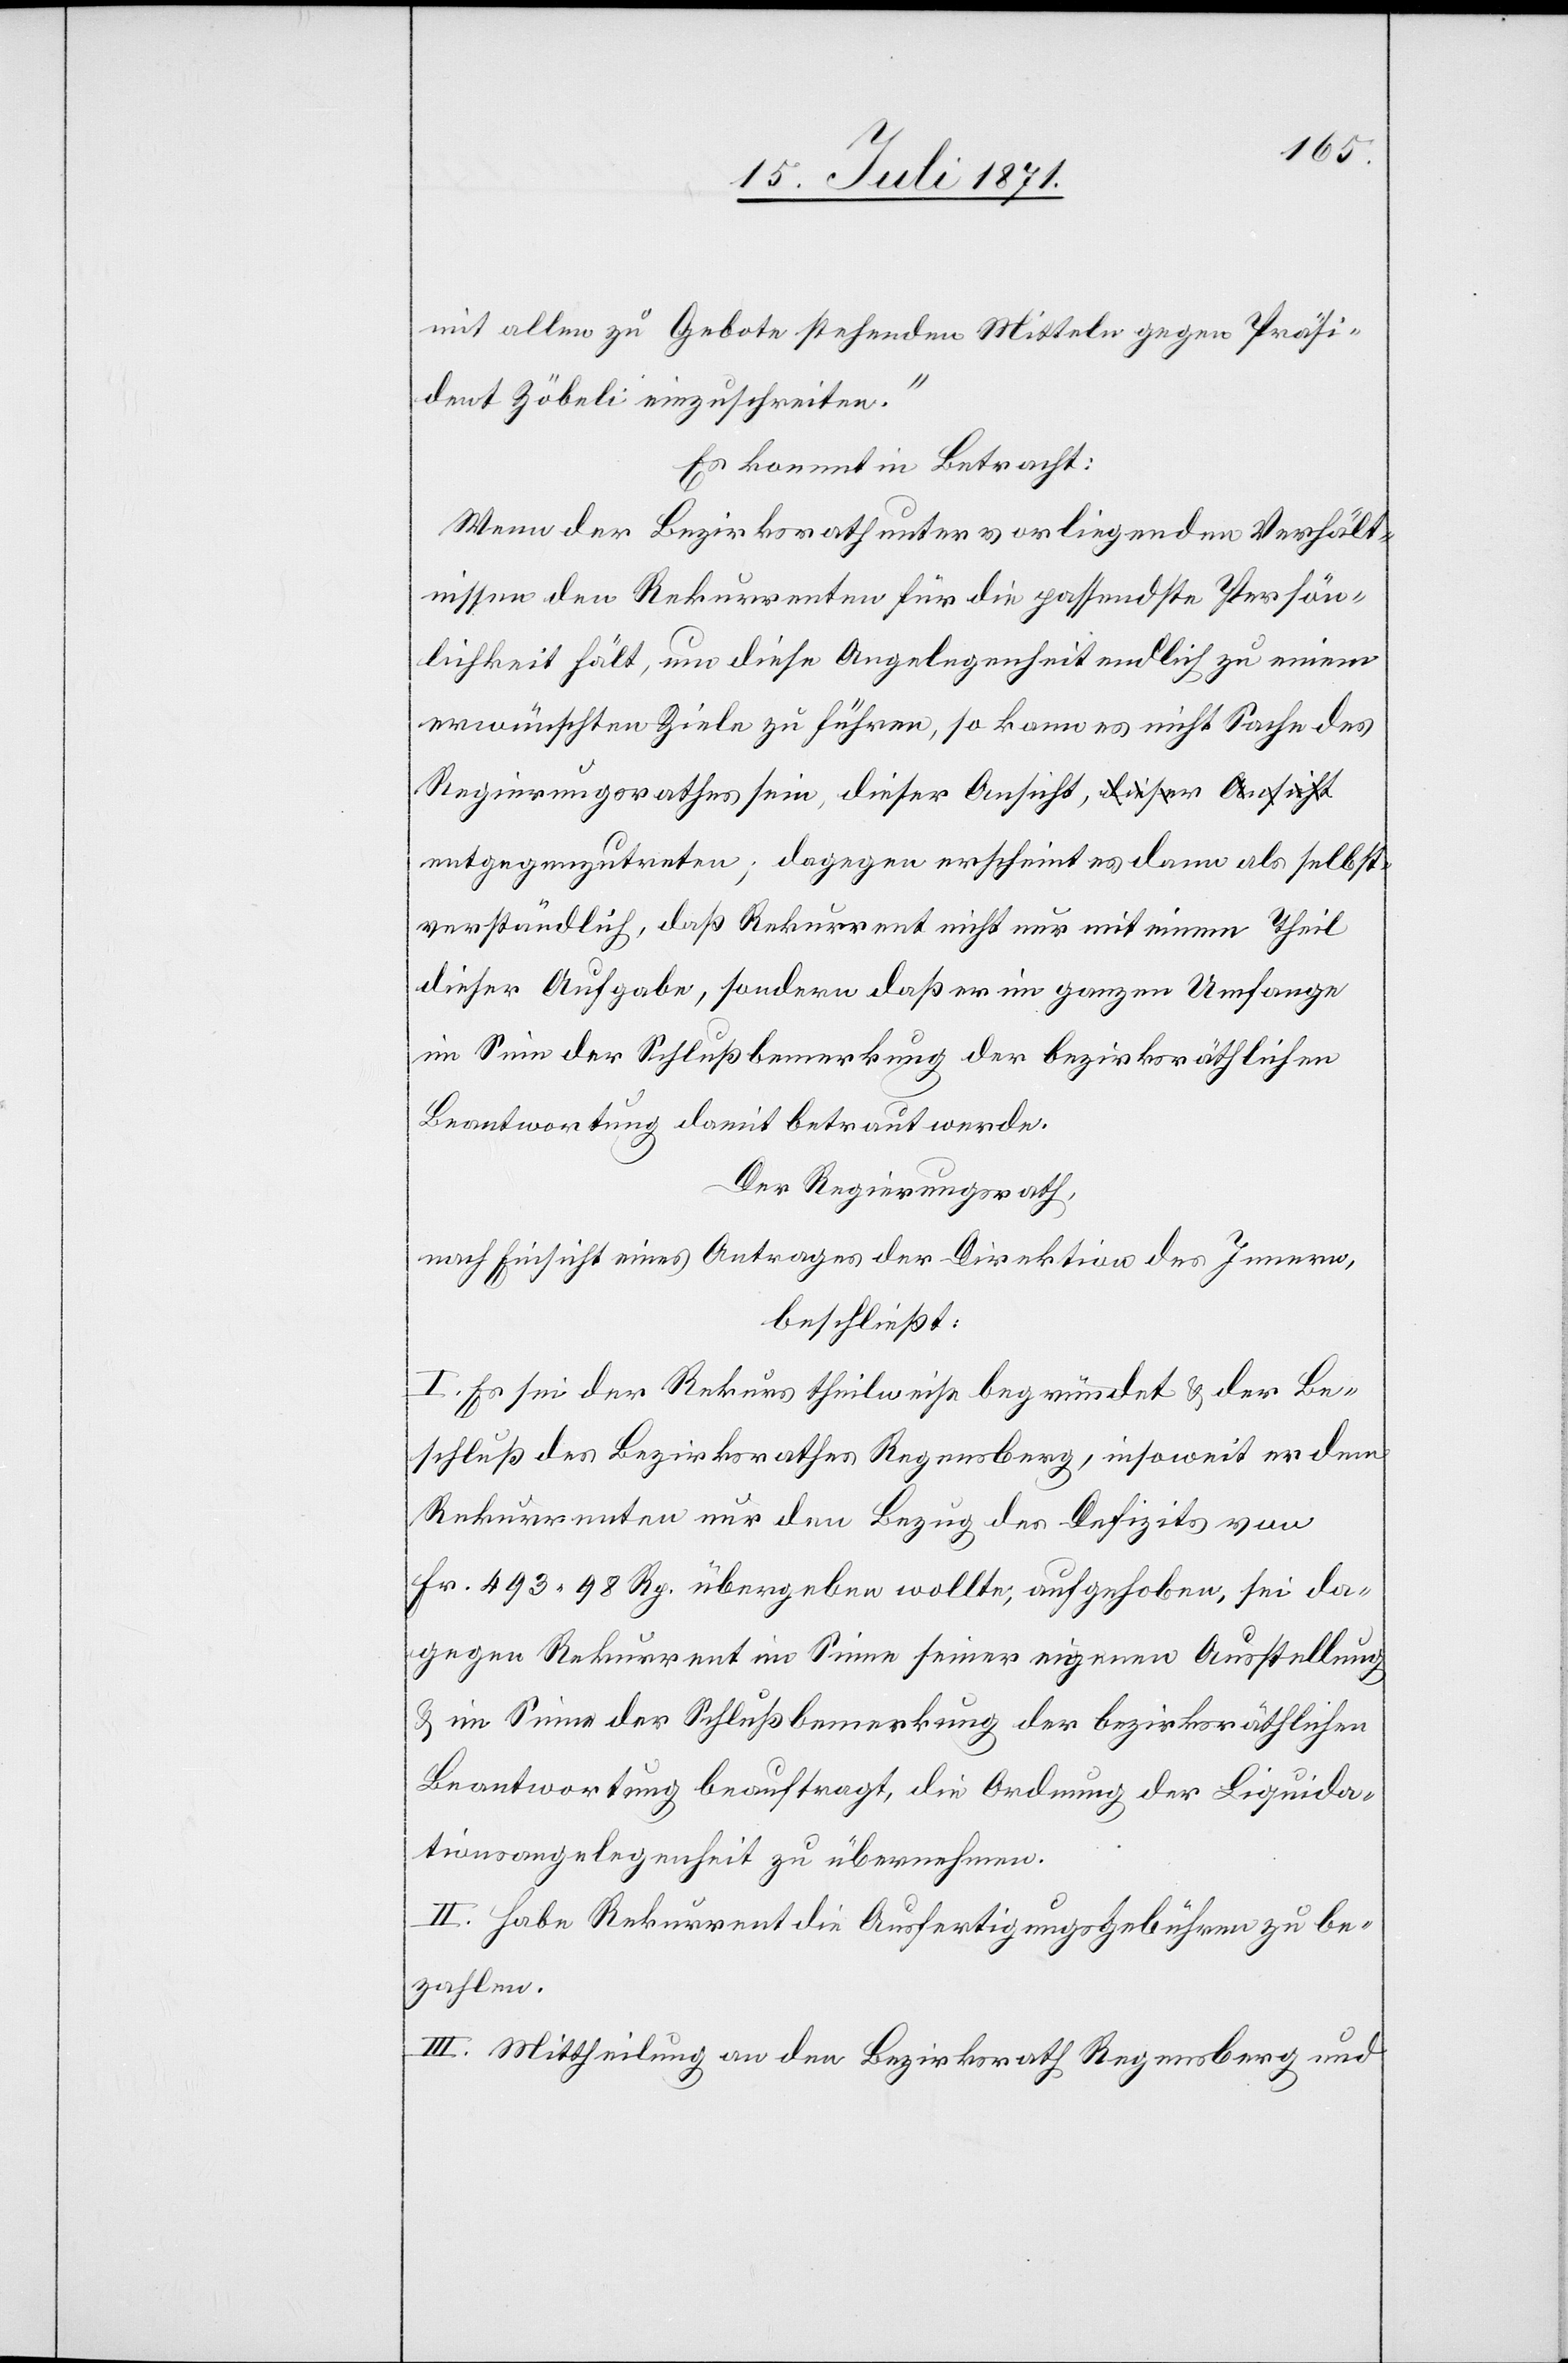
dann als selbst¬
mit allen zu Gebote stehenden Mitteln gegen Präsi¬
dent Zöbeli einzuschreiten.“
Es kommt in Betracht:
Wenn der Bezirksrath unter vorliegenden Verhält¬
nissen den Rekurrenten für die passendste Persön¬
lichkeit hält, um diese Angelegenheit endlich zu einem
erwünschten Ziele zu führen, so kann es nicht Sache des
Regierungsrathes sein, dieser Ansicht, entgegenzutreten;
verständlich, daß Rekurrent nicht nur mit einem Theil
dieser Aufgabe, sondern daß er im ganzen Umfange
im Sinne der Schlußbemerkung der bezirksräthlichen
Beantwortung damit betraut werde.
Der Regierungsrath,
nach Einsicht eines Antrages der Direktion des Innern,
beschließt:
I. Es sei der Rekurs theilweise begründet u. der Be¬
schluß des Bezirksrath Regensberg, insoweit er dem
Rekurrenten nur den Bezug des Defizits von
Fr. 493.98 Rp. übergeben wollte, aufgehoben, sei da¬
gegen Rekurrent im Sinne seiner eigenen Aufstellung
u. im Sinne der Schlußbemerkung der bezirksräthlichen
Beantwortung beauftragt, die Ordnung der Liquida¬
tionsangelegenheit zu übernehmen.
II. Habe Rekurrent die Ausfertigungsgebühren zu be¬
zahlen.
III. Mittheilung an den Bezirksrath Regensberg und